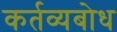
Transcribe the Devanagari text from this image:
कर्तव्यबोध